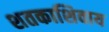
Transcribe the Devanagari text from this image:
शतकाशिवाय